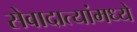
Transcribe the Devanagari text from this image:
सेवादात्यांमध्ये